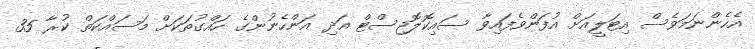
އެހެންނަމަވެސް އިޓަލީއަށް އުފަންވެފައިވާ ސައިކޮލޮޖިސްޓް އަދި އަންހެނުންގެ ހައްގުތަކަށް މަސައްކަތް ކުރާ 35